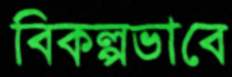
বিকল্পভাবে